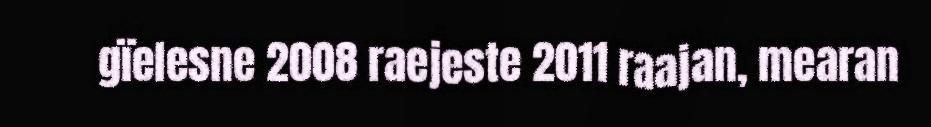
gïelesne 2008 raejeste 2011 raajan, mearan